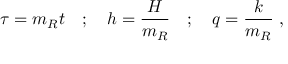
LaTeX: \tau = m _ { R } t \quad ; \quad h = \frac { H } { m _ { R } } \quad ; \quad q = \frac { k } { m _ { R } } \; ,